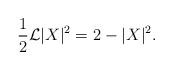
LaTeX: \begin{align*}\dfrac12\mathcal L|X|^2=2-|X|^2.\end{align*}